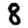
Digit: 8